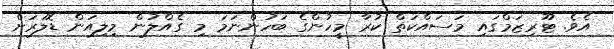
އެވެ. ޓޫރިޒަމްގައި މަސައްކަތް ކުރާ މީހުންގެ ބަހުންނަމަ މި ގެއްލުން މިލިއަން ޑޮލަރަށް